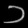
Digit: ၁